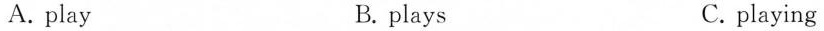
A.play B.plays C.playing